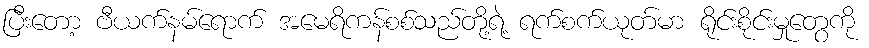
ပြီးတော့ ဗီယက်နမ်ရောက် အမေရိကန်စစ်သည်တို့ရဲ့ ရက်စက်ယုတ်မာ ရိုင်းစိုင်းမှုတွေကို